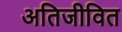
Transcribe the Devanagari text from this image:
अतिजीवित